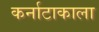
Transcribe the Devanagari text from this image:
कर्नाटाकाला